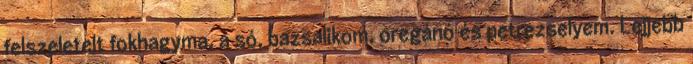
felszeletelt fokhagyma, a só, bazsalikom, oregánó és petrezselyem. Lejjebb